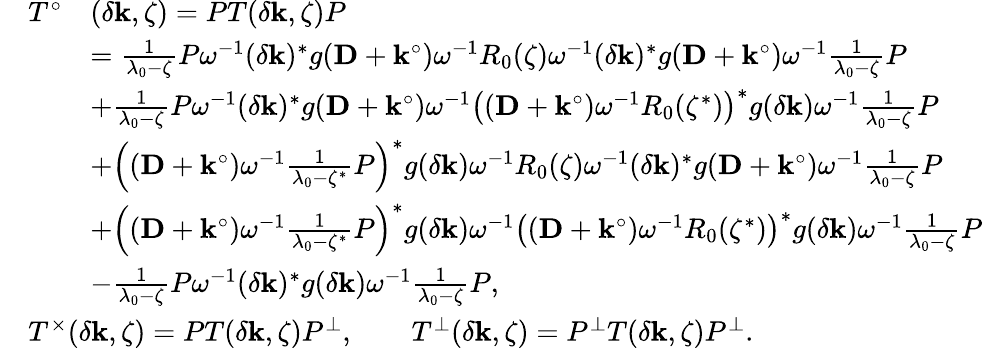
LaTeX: \begin{array}{rl}&{\begin{array}{rl}{T^{\circ}}&{(\delta\mathbf{k},\zeta)=PT(\delta\mathbf{k},\zeta)P}\\ &{=\frac{1}{\lambda_{0}-\zeta}P\omega^{-1}(\delta\mathbf{k})^{*}g(\mathbf{D}+\mathbf{k}^{\circ})\omega^{-1}R_{0}(\zeta)\omega^{-1}(\delta\mathbf{k})^{*}g(\mathbf{D}+\mathbf{k}^{\circ})\omega^{-1}\frac{1}{\lambda_{0}-\zeta}P}\\ &{+\frac{1}{\lambda_{0}-\zeta}P\omega^{-1}(\delta\mathbf{k})^{*}g(\mathbf{D}+\mathbf{k}^{\circ})\omega^{-1}\bigl((\mathbf{D}+\mathbf{k}^{\circ})\omega^{-1}R_{0}(\zeta^{*})\bigr)^{*}g(\delta\mathbf{k})\omega^{-1}\frac{1}{\lambda_{0}-\zeta}P}\\ &{+\Bigl((\mathbf{D}+\mathbf{k}^{\circ})\omega^{-1}\frac{1}{\lambda_{0}-\zeta^{*}}P\Bigr)^{*}g(\delta\mathbf{k})\omega^{-1}R_{0}(\zeta)\omega^{-1}(\delta\mathbf{k})^{*}g(\mathbf{D}+\mathbf{k}^{\circ})\omega^{-1}\frac{1}{\lambda_{0}-\zeta}P}\\ &{+\Bigl((\mathbf{D}+\mathbf{k}^{\circ})\omega^{-1}\frac{1}{\lambda_{0}-\zeta^{*}}P\Bigr)^{*}g(\delta\mathbf{k})\omega^{-1}\bigl((\mathbf{D}+\mathbf{k}^{\circ})\omega^{-1}R_{0}(\zeta^{*})\bigr)^{*}g(\delta\mathbf{k})\omega^{-1}\frac{1}{\lambda_{0}-\zeta}P}\\ &{-\frac{1}{\lambda_{0}-\zeta}P\omega^{-1}(\delta\mathbf{k})^{*}g(\delta\mathbf{k})\omega^{-1}\frac{1}{\lambda_{0}-\zeta}P,}\end{array}}\\ &{T^{\times}(\delta\mathbf{k},\zeta)=PT(\delta\mathbf{k},\zeta)P^{\perp},\qquad T^{\perp}(\delta\mathbf{k},\zeta)=P^{\perp}T(\delta\mathbf{k},\zeta)P^{\perp}.}\end{array}